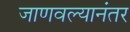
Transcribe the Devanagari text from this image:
जाणवल्यानंतर